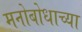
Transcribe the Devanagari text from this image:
मनोबोधाच्या